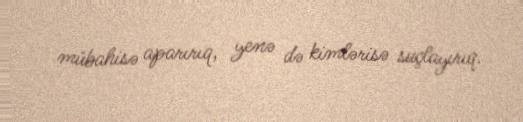
mübahisə aparırıq, yenə də kimlərisə suçlayırıq.